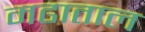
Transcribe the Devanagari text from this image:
मढाताल